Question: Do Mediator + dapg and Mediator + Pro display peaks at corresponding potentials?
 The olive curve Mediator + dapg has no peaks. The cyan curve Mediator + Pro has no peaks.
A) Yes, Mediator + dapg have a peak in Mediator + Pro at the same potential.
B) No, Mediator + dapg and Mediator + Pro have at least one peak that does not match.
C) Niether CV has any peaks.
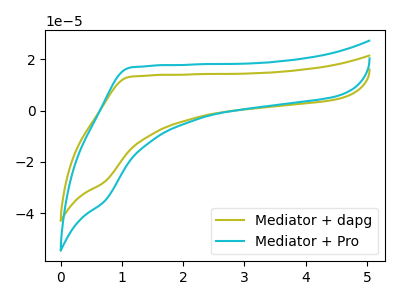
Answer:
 <answer>C) Niether CV has any peaks.</answer>
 <eval>C</eval>